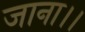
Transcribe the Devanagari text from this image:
जाना।।